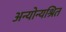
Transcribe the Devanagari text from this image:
अन्योन्यश्रित